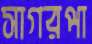
সাগরপা